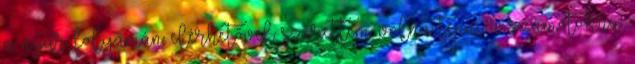
a nyár folyamán elérhetővel szerettem volna tenni a számotokra.